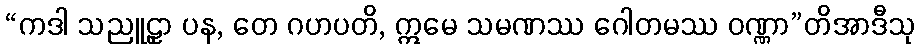
“ကဒါ သညူဠှာ ပန, တေ ဂဟပတိ, ဣမေ သမဏဿ ဂေါတမဿ ဝဏ္ဏာ”တိအာဒီသု